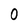
Character: 0